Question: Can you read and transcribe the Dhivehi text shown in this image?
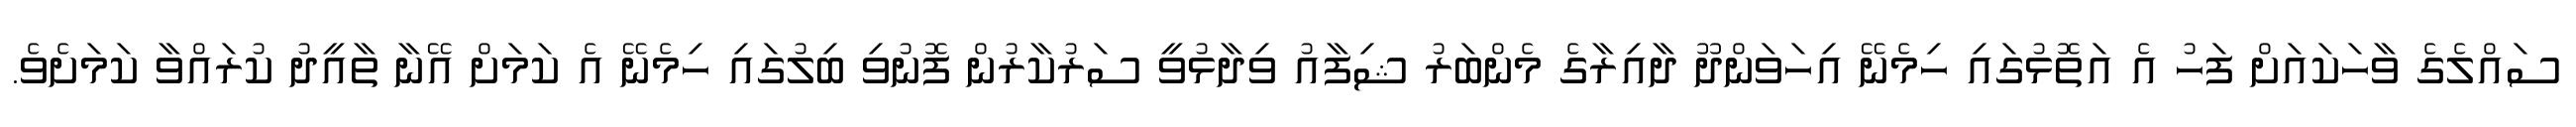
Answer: ސައްލެގެ ވާހަކައަށް ފަހު އެ އަތޮޅުގައި ހިމެނޭ އިހަވަންދޫ ދާއިރާގެ މެންބަރު ޝިފާއު ވިދާޅުވީ ސަރުކާރުން ފޮނުވި ބިލުގައި ހިމެނޭ އެ ކަމަށް އޭނާ ތާއީދު ކުރައްވާ ކަމަށެވެ.